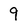
Character: 9